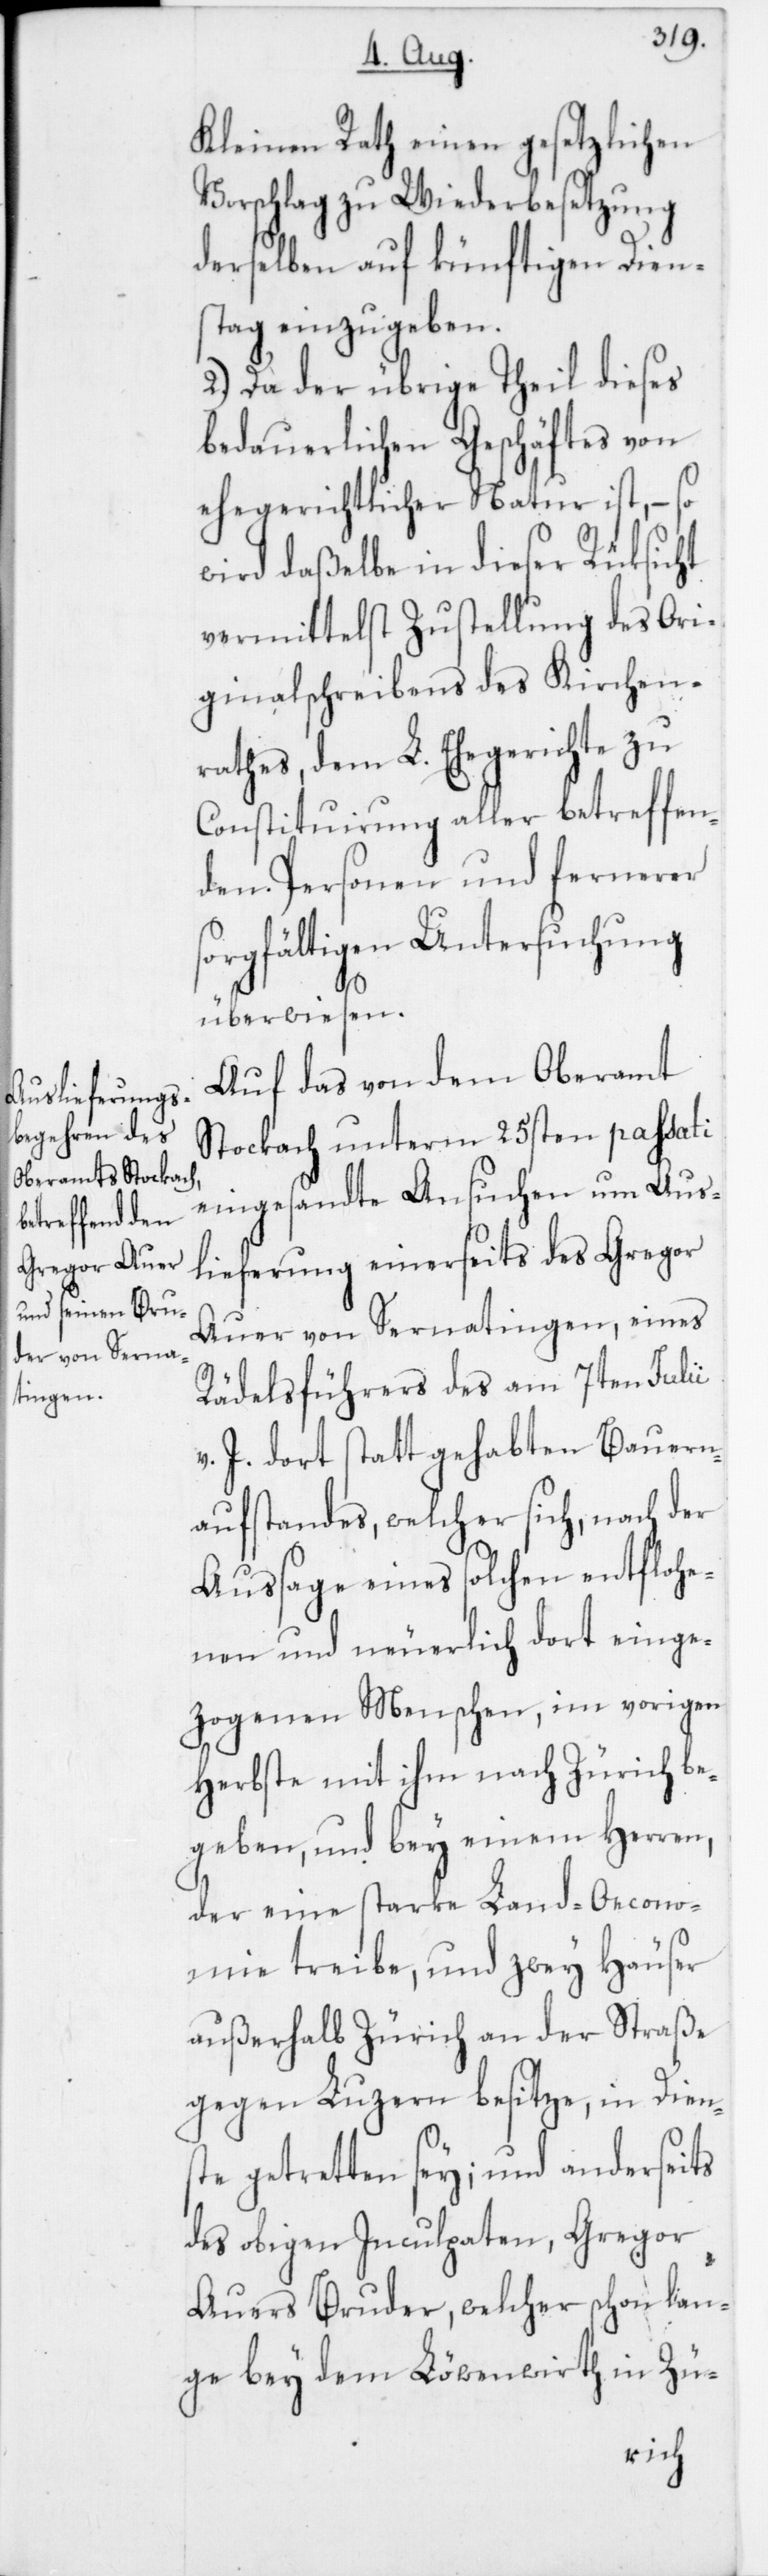
Kleinen Rath einen gesetzlichen
Vorschlag zu Wiederbesetzung
derselben auf künftigen Dien¬
stag einzugeben.
2. Da der übrige Theil dieses
bedauerlichen Geschäftes von
ehegerichtlicher Natur ist, – so
wird daßelbe in dieser Rüksicht
vermittelst Zustellung des Ori¬
ginalschreibens des Kirchen¬
rathes, dem L. Ehegerichte zu
Constituirung aller betreffen¬
den Personen und fernerer
sorgfältigen Untersuchung
überwiesen.
Auf das von dem Oberamt
Stockach unterm 25sten passati
eingesandte Ansuchen um Aus¬
lieferung einerseits des Gregor
Auer von Sernatingen, eines
Rädelsführers des am 7ten Julii
v. J. dort stattgehabten Bauern¬
aufstandes, welcher sich, nach der
Aussage eines solchen entflohe¬
nen und neuerlich dort einge¬
zogenen Menschen, im vorigen
Herbste mit ihm nach Zürich be¬
geben, und bey einem Herren,
der eine starke Land-Oecono¬
mie treibe, und zwey Häuser
außerhalb Zürich an der Straße
gegen Luzern besitze, in Diens¬
te getretten sey; und anderseits
des obigen Inculpaten, Gregor
Auers Bruder, welcher schon lan¬
ge bey dem Löwenwirth in Zü¬
rich-